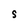
Character: S